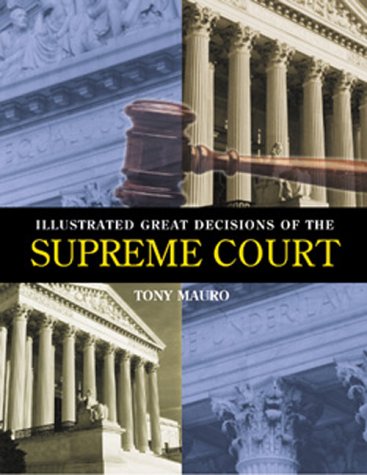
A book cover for Illustrated Great Decisions of the Supreme Court; Tony Mauro; Law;